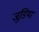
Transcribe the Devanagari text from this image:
जूडिया